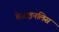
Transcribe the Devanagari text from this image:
वेजाइनलिस